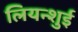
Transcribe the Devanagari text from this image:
लियन्शुई